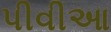
પીવીઆ